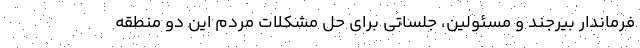
فرماندار بیرجند و مسئولین، جلساتی برای حل مشکلات مردم این دو منطقه